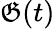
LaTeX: \mathfrak{G}(t)